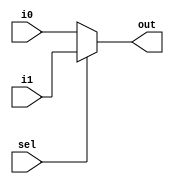
module MUX2_PC(input [31:0] i0, i1, input sel, output [31:0] out);

assign out = sel ? i1 : i0;

endmodule